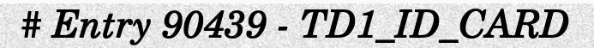
# Entry 90439 - TD1_ID_CARD